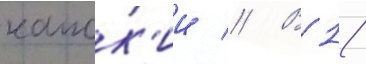
капск'ии // В 1/